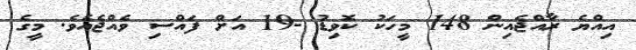
އިއްޔެ ރާއްޖެއިން 148 މީހަކު ކޮވިޑު -19 އަށް ފައްސި ވެއްޖެއެވެ. މީގެ